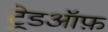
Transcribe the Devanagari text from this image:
ट्रेडऑफ़